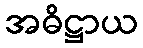
အဓိဋ္ဌာယ